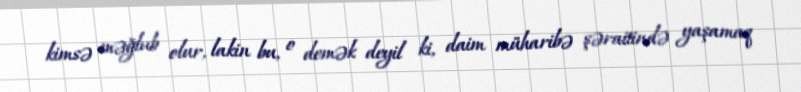
kimsə məğlub olur, lakin bu, o demək deyil ki, daim müharibə şəraitində yaşamaq